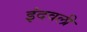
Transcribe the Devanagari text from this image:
इंदवली